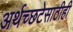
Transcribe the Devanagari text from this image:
अर्थच्छटेसाठीही